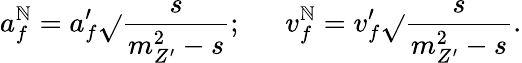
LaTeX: a_{f}^{\mathbb{N}}=a_{f}^{\prime}\displaystyle{\sqrt{}{{\frac{{s}}{{m_{Z^{\prime}}^{2}-s}}}}};~~~~~~v_{f}^{\mathbb{N}}=v_{f}^{\prime}\displaystyle{\sqrt{}{{\frac{{s}}{{m_{Z^{\prime}}^{2}-s}}}}}.